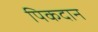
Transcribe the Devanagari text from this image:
पिकदान